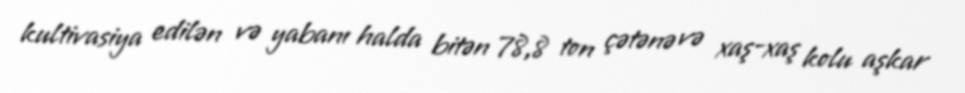
kultivasiya edilən və yabanı halda bitən 78,8 ton çətənə və xaş-xaş kolu aşkar